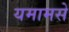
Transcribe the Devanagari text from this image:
यमामसे